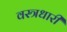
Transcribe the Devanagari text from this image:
वस्‍त्रधारी